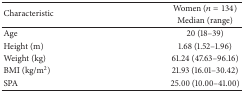
<table><thead><tr><td rowspan="2"><b>Characteristic</b></td><td><b>Women (<i>n</i> = 134)</b></td></tr><tr><td><b>Median (range)</b></td></tr></thead><tbody><tr><td>Age</td><td>20 (18–39)</td></tr><tr><td>Height (m)</td><td>1.68 (1.52–1.96)</td></tr><tr><td>Weight (kg)</td><td>61.24 (47.63–96.16)</td></tr><tr><td>BMI (kg/m<sup>2</sup>)</td><td>21.93 (16.01–30.42)</td></tr><tr><td>SPA</td><td>25.00 (10.00–41.00)</td></tr></tbody></table>